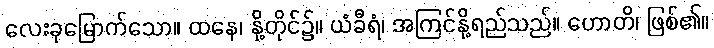
လေးခုမြောက်သော။ ထနေ၊ နို့တိုင်၌။ ယံခီရံ၊ အကြင်နို့ရည်သည်။ ဟောတိ၊ ဖြစ်၏။